Indian journal of veterinary science and animal husbandry - Volume 10,
Year: 1940
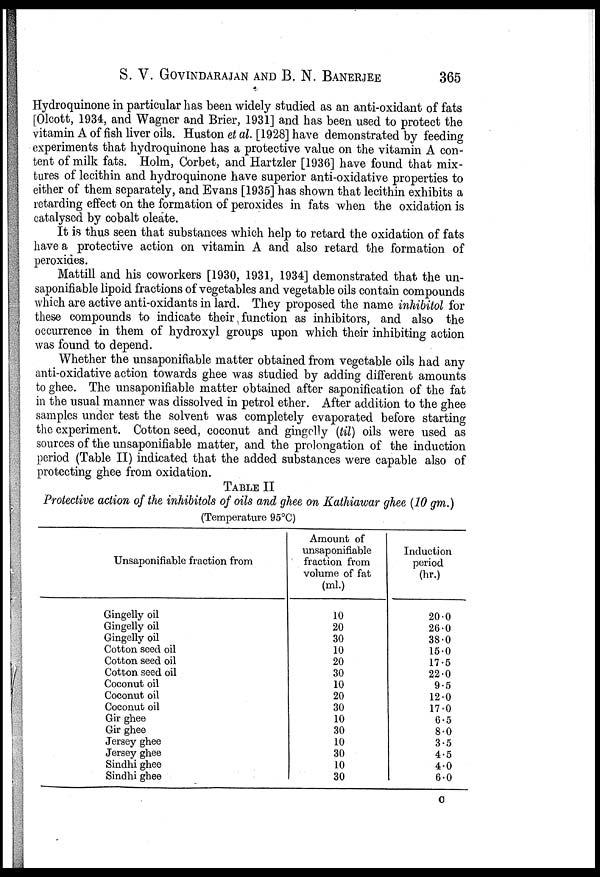
S. V. GOVINDARAJAN AND B. N. BANERJEE
365
Hydroquinone in particular has been widely studied as an anti-oxidant of fats
[Olcott, 1934, and Wagner and Brier, 1931] and has been used to protect the
vitamin A of fish liver oils. Huston et al. [1928] have demonstrated by feeding
experiments that hydroquinone has a protective value on the vitamin A con-
tent of milk fats. Holm, Corbet, and Hartzler [1936] have found that mix-
tures of lecithin and hydroquinone have superior anti-oxidative properties to
either of them separately, and Evans [1935] has shown that lecithin exhibits a
retarding effect on the formation of peroxides in fats when the oxidation is
catalysed by cobalt oleate.
It is thus seen that substances which help to retard the oxidation of fats
have a protective action on vitamin A and also retard the formation of
peroxides.
Mattill and his coworkers [1930, 1931, 1934] demonstrated that the un-
saponifiable lipoid fractions of vegetables and vegetable oils contain compounds
which are active anti-oxidants in lard. They proposed the name inhibitol for
these compounds to indicate their function as inhibitors, and also the
occurrence in them of hydroxyl groups upon which their inhibiting action
was found to depend.
Whether the unsaponifiable matter obtained from vegetable oils had any
anti-oxidative action towards ghee was studied by adding different amounts
to ghee. The unsaponifiable matter obtained after saponification of the fat
in the usual manner was dissolved in petrol ether. After addition to the ghee
samples under test the solvent was completely evaporated before starting
the experiment. Cotton seed, coconut and gingelly (til) oils were used as
sources of the unsaponifiable matter, and the prolongation of the induction
period (Table II) indicated that the added substances were capable also of
protecting ghee from oxidation.
TABLE II
Protective action of the inhibitols of oils and ghee on Kathiawar ghee (10 gm.)
(Temperature 95°C)
Unsaponifiable fraction from
Gingelly oil
Gingelly oil
Gingelly oil
Cotton seed oil
Cotton seed oil
Cotton seed oil
Coconut oil
Coconut oil
Coconut oil
Gir ghee
Gir ghee
Jersey ghee
Jersey ghee
Sindhi ghee
Sindhi ghee
Amount of
unsaponifiable
fraction from
volume of fat
(ml.)
10
20
30
10
20
30
10
20
30
10
30
10
30
10
30
Induction
period
(hr.)
20.0
26.0
38.0
15.0
17.5
22.0
9.5
12.0
17.0
6.5
8.0
3.5
4.5
4.0
6.0
C